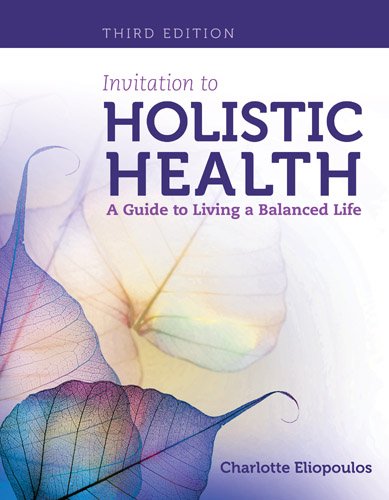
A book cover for Invitation To Holistic Health: A Guide To Living A Balanced Life; Charlotte Eliopoulos; Health, Fitness & Dieting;